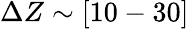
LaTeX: \Delta Z\sim[10-30]